Lunatic asylums in Bengal annual reports 1899-1911 - 1899-1911
Year: 1899
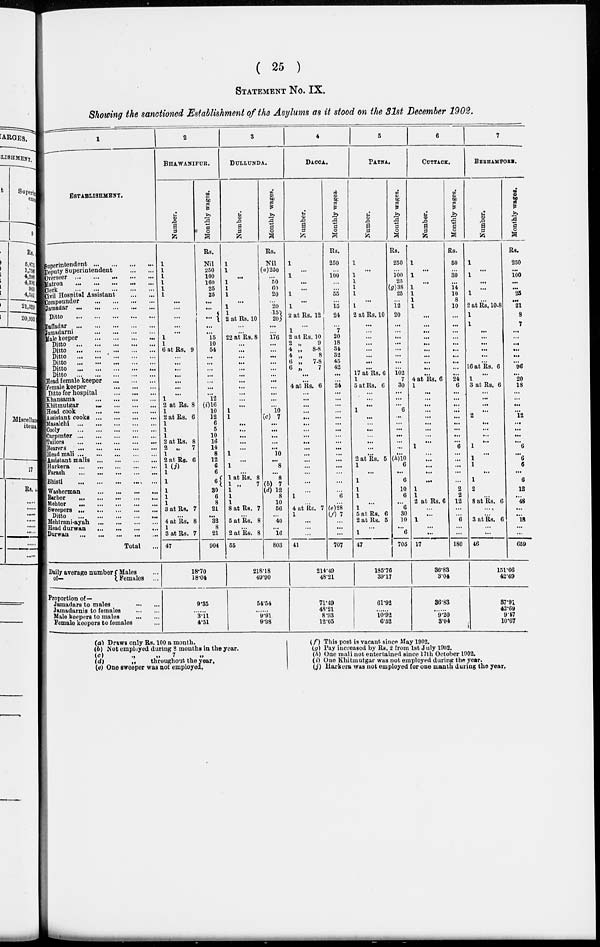
( 25 )
STATEMENT No. IX.
Showing the sanctioned Establishment of the Asylums as it stood on the 31st December 1902.
1
ESTABLISHMENT.
Superintendent
...
...
...
...
Deputy Superintendent
...
...
Overseer
...
...
...
...
...
Matron
...
...
...
...
...
Clerk
...
...
...
...
...
Civil Hospital Assistant
...
...
Compounder
...
...
...
...
Jamadar
...
...
...
...
...
Ditto
...
...
...
...
...
Daffadar
...
...
...
...
...
Jamadarni
...
...
...
...
Male keeper
...
...
...
...
Ditto
...
...
...
...
...
Ditto
...
...
...
...
...
Ditto
...
...
...
...
...
Ditto
...
...
...
...
...
Ditto
...
...
...
...
...
Ditto
...
...
...
...
...
Head female keeper
...
...
...
Female keeper
...
...
...
Ditto for hospital
...
...
...
Khansama
...
...
...
...
Khitmutgar
...
...
...
...
Head cook
...
...
...
...
Assistant cooks
...
...
...
...
Masalchi
...
...
...
...
...
Cooly
...
...
...
...
...
Carpenter
...
...
...
...
...
Tailors
...
...
...
...
...
Bearers
...
...
...
...
...
Head mali
...
...
...
...
...
Assistant malis ... ... ... ...
Harkera
...
...
...
...
...
Parash
...
...
...
...
...
Bhisti
...
...
...
...
...
Washerman
...
...
...
...
Barber
...
...
...
...
...
Mehter
...
...
...
...
...
Sweepers
...
...
...
...
...
Ditto
...
...
...
...
...
Mehtrani-ayah
...
...
...
...
Head durwan
...
...
...
...
Durwan
...
...
...
...
...
Total ...
Daily average number
of—
Males
Females
Proportion of—
Jamadars to males
...
...
Jamadarnis to females
...
...
Male keepers to males
...
...
Female keepers to females ...
2
BHAWANIPUR.
Number.
1
1
1
1
1
1
...
...
...
...
...
1
1
6 at Rs. 9
...
...
...
...
...
...
...
1
2 at Rs. 8
1
2 at Rs. 6
1
1
1
2 at Rs. 8
2 „
7
1
2 at Rs. 6
1 (j)
1
1
1
1
1
3 at Rs. 7
...
4 at Rs. 8
1
3 at Rs. 7
47
Monthly wages.
Rs.
Nil
250
100
160
25
25
...
...
...
...
...
15
10
54
...
...
...
...
...
...
...
12
(i)16
10
12
6
5
10
18
14
8
12
6
6
6
30
6
8
21
...
32
8
21
904
18.70
18.04
9.35
......
3.11
4.51
3
DULLUNDA.
Number.
1
1
...
1
1
1
...
...
...
2 at Rs. 10
...
...
22 at Rs. 8
...
...
...
...
...
...
...
...
...
...
...
1
1
...
...
...
...
...
1
...
1
...
1 at Rs. 8
1 „
7
1
1
1
8 at Rs. 7
...
5 at Rs. 8
...
2 at Rs. 8
55
Monthly wages.
Rs.
Nil
(a)250
...
50
60
20
...
20
15
20
...
...
176
...
...
...
...
...
...
...
...
...
...
...
10
(c) 7
...
...
...
...
...
10
...
8
...
8
(b) 7
(d) 12
8
10
56
...
40
...
16
803
218.18
49.90
54.54
......
9.91
9.98
4
DACCA.
Number.
1
...
1
...
...
1
...
1
2 at Rs. 12
...
1
2 at Rs. 10
2 „
9
4 „
8-8
4 „
8
6 „
7-8
6 „
7
...
...
4 at Rs. 6
...
...
...
...
...
...
...
...
...
...
...
...
...
...
...
...
1
...
4 at Rs. 7
1
...
...
...
41
Monthly wages.
Rs.
250
...
100
...
...
55
...
15
24
...
7
20
18
34
32
45
42
...
...
24
...
...
...
...
...
...
...
...
...
...
...
...
...
...
...
...
6
...
(e) 28
(f) 7
...
...
...
707
214.49
48.21
71.49
48.21
8.93
12.05
5
PATNA.
Number.
1
...
1
1
1
1
...
1
2 at Rs. 10
...
...
...
...
...
...
...
...
17 at Rs. 6
1
5 at Rs. 6
...
...
...
1
...
...
...
...
...
...
...
2 at Rs. 5
1
...
1
1
1
...
1
5 at Rs. 6
2 at Rs. 5
...
1
47
Monthly wages.
Rs.
250
...
100
25
(g)38
25
...
12
20
...
...
...
...
...
...
...
...
102
7
30
...
...
...
6
...
...
...
...
...
...
...
(h)10
6
...
6
10
6
...
6
30
10
... 6
705
185.76
39.17
61.92
......
10.92
6.52
6
CUTTACK.
Number.
1
...
1
...
1
1
1
1
...
...
...
...
...
...
...
...
...
...
4 at Rs. 6
1
...
...
...
...
...
...
...
...
...
1
...
...
...
...
...
1
1
2 at Rs. 6
...
...
1
...
...
17
Monthly wages.
Rs.
50
...
30
...
14
10
8
10
...
...
...
...
...
...
...
...
...
...
24
6
...
...
...
...
...
...
...
...
...
6
...
...
...
...
...
2
2
12
...
...
6 ...
...
180
36.83
3.04
36.83
......
9.20
3.04
7
BERHAMPORE.
Number.
1
...
1
...
...
1
...
2 at Rs. 10-8
1
1
...
...
...
...
...
...
16 at Rs. 6
...
1
3 at Rs. 6
...
...
...
...
2
...
...
...
...
1
...
1
1
...
1
2
...
8 at Rs. 6
...
...
5 at Rs. 6
...
...
46
Monthly wages.
Rs.
250
...
100
...
...
25
...
21
8
7
...
...
...
...
...
...
96
...
20
18
...
...
...
...
12
...
...
...
...
6
...
6
6
...
6
12
...
48
...
...
18
...
...
659
151.66
42.69
37.91
42.69
9.47
10.67
(a) Draws only Rs. 100 a month.
(b) Not employed during 8 months in the year.
(c)
„
„
7
„
(d)
„
throughout the year.
(e) One sweeper was not employed.
(f) This post is vacant since May 1902.
(g) Pay increased by Rs. 2 from 1st July 1902.
(h) One mali not entertained since 17th October 1902.
(i) One Khitmutgar was not employed during the year.
(j) Harkera was not employed for one month during the year.